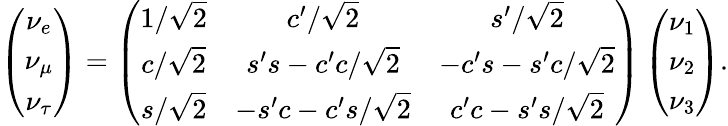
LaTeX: \left(\begin{array}{c}{{\nu_{e}}}\\ {{\nu_{\mu}}}\\ {{\nu_{\tau}}}\end{array}\right)=\left(\begin{array}{ccc}{{1/\sqrt 2}}&{{c^{\prime}/\sqrt 2}}&{{s^{\prime}/\sqrt 2}}\\ {{c/\sqrt 2}}&{{s^{\prime}s-c^{\prime}c/\sqrt 2}}&{{-c^{\prime}s-s^{\prime}c/\sqrt 2}}\\ {{s/\sqrt 2}}&{{-s^{\prime}c-c^{\prime}s/\sqrt 2}}&{{c^{\prime}c-s^{\prime}s/\sqrt 2}}\end{array}\right)\left(\begin{array}{c}{{\nu_{1}}}\\ {{\nu_{2}}}\\ {{\nu_{3}}}\end{array}\right).